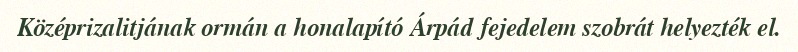
Középrizalitjának ormán a honalapító Árpád fejedelem szobrát helyezték el.